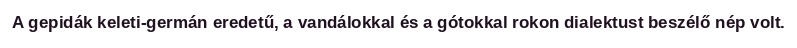
A gepidák keleti-germán eredetű, a vandálokkal és a gótokkal rokon dialektust beszélő nép volt.